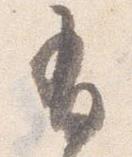
有